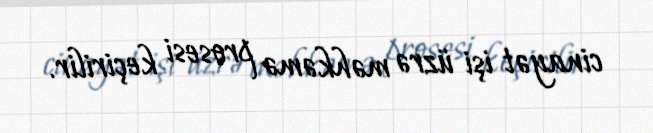
cinayət işi üzrə məhkəmə prosesi keçirilir.